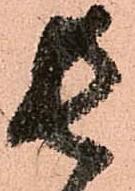
長